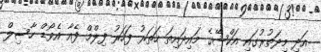
އަދި މިދަތުރުގައި އަކްޝޭގެ މައިދައިތަ ހަތަރު ފަހަރު ފިލްމް ފެއާ އެވޯޑް ހާސިލް